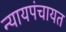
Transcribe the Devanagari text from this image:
न्यायपंचायत